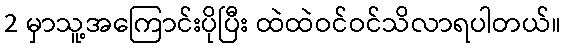
2 မှာသူ့အကြောင်းပိုပြီး ထဲထဲဝင်ဝင်သိလာရပါတယ်။